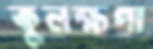
কুলক্ষণা